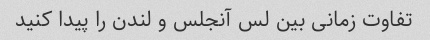
تفاوت زمانی بین لس آنجلس و لندن را پیدا کنید